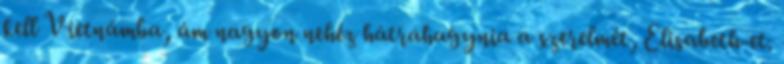
kell Vietnámba, ám nagyon nehéz hátrahagynia a szerelmét, Elisabeth-et.